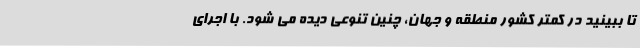
تا ببینید در کمتر کشور منطقه و جهان، چنین تنوعی دیده می شود. با اجرای